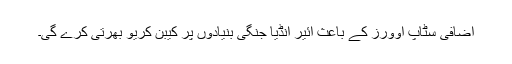
اضافی سٹاپ اوورز کے باعث ائیر انڈیا جنگی بنیادوں پر کیبن کریو بھرتی کرے گی۔